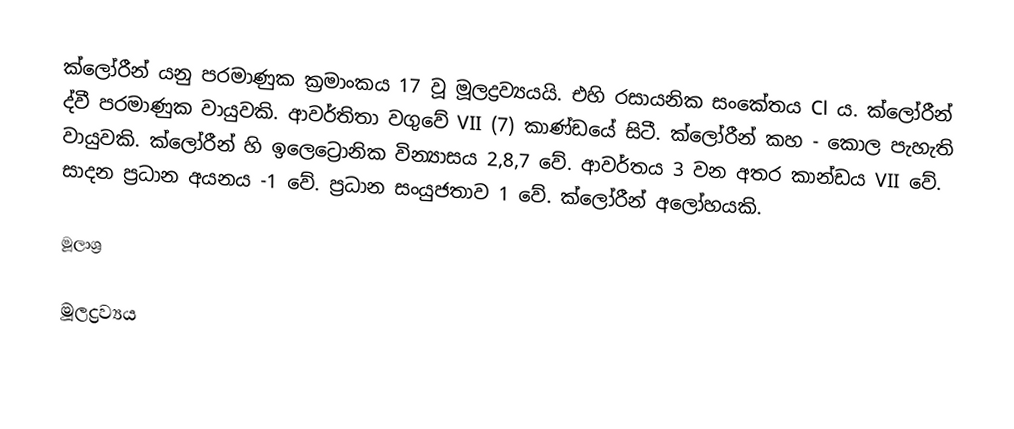
ක්ලෝරීන් යනු පරමාණුක ක්‍රමාංකය 17 වූ මූලද්‍රව්‍යයයි. එහි රසායනික සංකේතය Cl ය. ක්ලෝරීන් ද්වී පරමාණුක වායුවකි. ආවර්තිතා වගුවේ VII (7) කාණ්‍ඩයේ සිටී. ක්ලෝරීන් කහ - කොල පැහැති වායුවකි. ක්ලෝරීන් හි ඉලෙට්‍රොනික වින්‍යාසය 2,8,7 වේ. ආවර්තය 3 වන අතර කාන්ඩය VII වේ. සාදන ප්‍රධාන අයනය -1 වේ. ප්‍රධාන සංයුජතාව 1 වේ. ක්ලෝරීන් අලෝහයකි.

මූලාශ්‍ර

මූලද්‍රව්‍යය